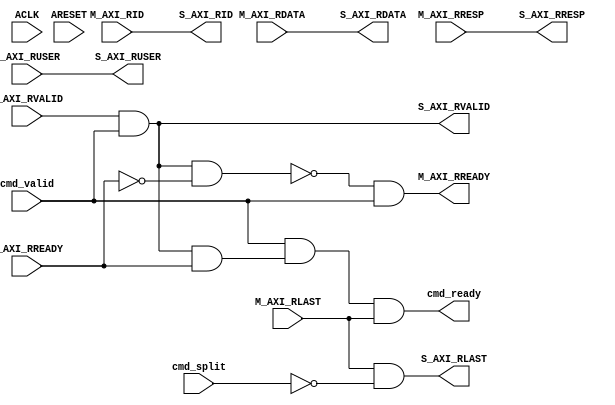
module axi_protocol_converter_v2_1_13_r_axi3_conv #
  (
   parameter C_FAMILY                            = "none",
   parameter integer C_AXI_ID_WIDTH              = 1,
   parameter integer C_AXI_ADDR_WIDTH            = 32,
   parameter integer C_AXI_DATA_WIDTH            = 32,
   parameter integer C_AXI_SUPPORTS_USER_SIGNALS = 0,
   parameter integer C_AXI_RUSER_WIDTH           = 1,
   parameter integer C_SUPPORT_SPLITTING              = 1,
   parameter integer C_SUPPORT_BURSTS                 = 1
   )
  (
   input wire ACLK,
   input wire ARESET,
   input  wire                              cmd_valid,
   input  wire                              cmd_split,
   output wire                              cmd_ready,
   output wire [C_AXI_ID_WIDTH-1:0]    S_AXI_RID,
   output wire [C_AXI_DATA_WIDTH-1:0]  S_AXI_RDATA,
   output wire [2-1:0]                 S_AXI_RRESP,
   output wire                         S_AXI_RLAST,
   output wire [C_AXI_RUSER_WIDTH-1:0] S_AXI_RUSER,
   output wire                         S_AXI_RVALID,
   input  wire                         S_AXI_RREADY,
   input  wire [C_AXI_ID_WIDTH-1:0]    M_AXI_RID,
   input  wire [C_AXI_DATA_WIDTH-1:0]  M_AXI_RDATA,
   input  wire [2-1:0]                 M_AXI_RRESP,
   input  wire                         M_AXI_RLAST,
   input  wire [C_AXI_RUSER_WIDTH-1:0] M_AXI_RUSER,
   input  wire                         M_AXI_RVALID,
   output wire                         M_AXI_RREADY
   );
  localparam [2-1:0] C_RESP_OKAY        = 2'b00;
  localparam [2-1:0] C_RESP_EXOKAY      = 2'b01;
  localparam [2-1:0] C_RESP_SLVERROR    = 2'b10;
  localparam [2-1:0] C_RESP_DECERR      = 2'b11;
  wire                            cmd_ready_i;
  wire                            pop_si_data;
  wire                            si_stalling;
  wire                            M_AXI_RREADY_I;
  wire [C_AXI_ID_WIDTH-1:0]       S_AXI_RID_I;
  wire [C_AXI_DATA_WIDTH-1:0]     S_AXI_RDATA_I;
  wire [2-1:0]                    S_AXI_RRESP_I;
  wire                            S_AXI_RLAST_I;
  wire [C_AXI_RUSER_WIDTH-1:0]    S_AXI_RUSER_I;
  wire                            S_AXI_RVALID_I;
  wire                            S_AXI_RREADY_I;
  assign M_AXI_RREADY_I = ~si_stalling & cmd_valid;
  assign M_AXI_RREADY   = M_AXI_RREADY_I;
  assign S_AXI_RVALID_I = M_AXI_RVALID & cmd_valid;
  assign pop_si_data    = S_AXI_RVALID_I & S_AXI_RREADY_I;
  assign cmd_ready_i    = cmd_valid & pop_si_data & M_AXI_RLAST;
  assign cmd_ready      = cmd_ready_i;
  assign si_stalling    = S_AXI_RVALID_I & ~S_AXI_RREADY_I;
  assign S_AXI_RLAST_I  = M_AXI_RLAST & 
                          ( ~cmd_split | ( C_SUPPORT_SPLITTING == 0 ) );
  assign S_AXI_RID_I    = M_AXI_RID;
  assign S_AXI_RUSER_I  = M_AXI_RUSER;
  assign S_AXI_RDATA_I  = M_AXI_RDATA;
  assign S_AXI_RRESP_I  = M_AXI_RRESP;
  assign S_AXI_RREADY_I = S_AXI_RREADY;
  assign S_AXI_RVALID   = S_AXI_RVALID_I;
  assign S_AXI_RID      = S_AXI_RID_I;
  assign S_AXI_RDATA    = S_AXI_RDATA_I;
  assign S_AXI_RRESP    = S_AXI_RRESP_I;
  assign S_AXI_RLAST    = S_AXI_RLAST_I;
  assign S_AXI_RUSER    = S_AXI_RUSER_I;
endmodule